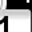
Digit: 1